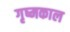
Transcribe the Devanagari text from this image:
गृष्मकाल